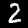
Digit: 2